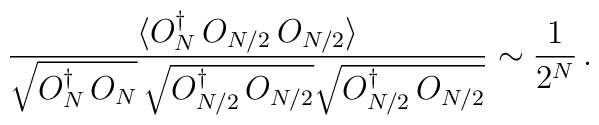
{\langle O_{N}^{\dagger} \, O_{N/2} \, O_{N/2} \rangle\over\sqrt{O_{N}^{\dagger} \, O_{N}}\,\sqrt{O_{N/2}^{\dagger}\,  O_{N/2}}\sqrt{O_{N/2}^{\dagger}\,  O_{N/2}}} \sim{1 \over 2^{N}} \, .